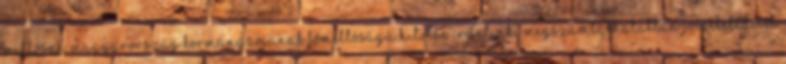
Miklósné, Magyarország kormányzójának Főméltóságú Hitvese iránt, aki megszámlálhatatlan jócselekedetet